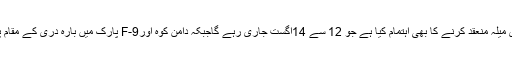
جشن ِ آزادی کے سلسلے میں سی ڈی اے نے F-9 پارک میں تین روزہ جشن آزادی میلہ منعقد کرنے کا بھی اہتمام کیا ہے جو 12 سے 14اگست جاری رہے گاجبکہ دامنِ کوہ اورF-9 پارک میں بارہ دری کے مقام پر 5 سے 14اگست تک روزانہ شام کو میوزیکل ایوننگ کا اہتمام بھی کیا گیا ہے۔